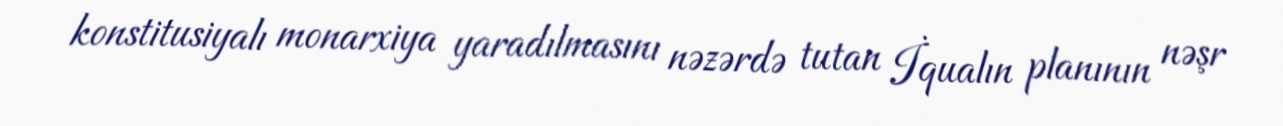
konstitusiyalı monarxiya yaradılmasını nəzərdə tutan İqualın planının nəşr